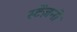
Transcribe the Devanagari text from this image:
स्टेंज़नी